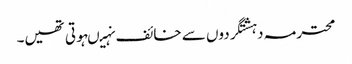
محترمہ دہشتگردوں سے خائف نہیںہوتی تھیں۔